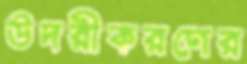
উদরীকরণের